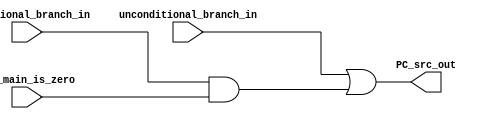
module Branch // BRANCH
(
  input unconditional_branch_in,
  input conditional_branch_in,
  input alu_main_is_zero,
  output reg PC_src_out
);

  reg conditional_branch_temp;

  always @(unconditional_branch_in, conditional_branch_in, alu_main_is_zero) begin
    conditional_branch_temp = conditional_branch_in & alu_main_is_zero;
    PC_src_out = unconditional_branch_in | conditional_branch_temp;
  end
endmodule